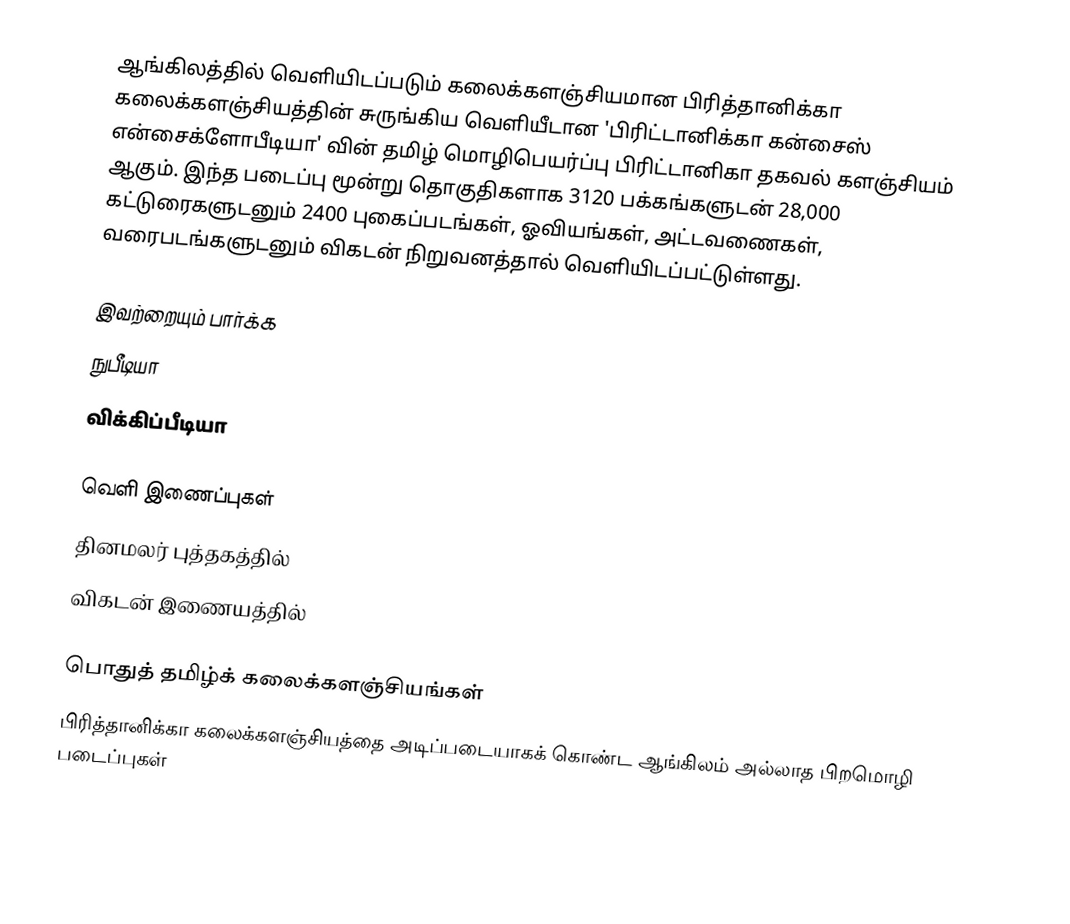
ஆங்கிலத்தில் வெளியிடப்படும் கலைக்களஞ்சியமான பிரித்தானிக்கா கலைக்களஞ்சியத்தின் சுருங்கிய வெளியீடான 'பிரிட்டானிக்கா கன்சைஸ் என்சைக்ளோபீடியா' வின் தமிழ் மொழிபெயர்ப்பு பிரிட்டானிகா தகவல் களஞ்சியம் ஆகும்.  இந்த படைப்பு மூன்று தொகுதிகளாக 3120 பக்கங்களுடன் 28,000 கட்டுரைகளுடனும் 2400 புகைப்படங்கள், ஓவியங்கள், அட்டவணைகள், வரைபடங்களுடனும் விகடன் நிறுவனத்தால் வெளியிடப்பட்டுள்ளது.

இவற்றையும் பார்க்க
 நுபீடியா
 விக்கிப்பீடியா

வெளி இணைப்புகள்
 தினமலர் புத்தகத்தில்
 விகடன் இணையத்தில்

பொதுத் தமிழ்க் கலைக்களஞ்சியங்கள்
பிரித்தானிக்கா கலைக்களஞ்சியத்தை அடிப்படையாகக் கொண்ட ஆங்கிலம் அல்லாத பிறமொழி படைப்புகள்